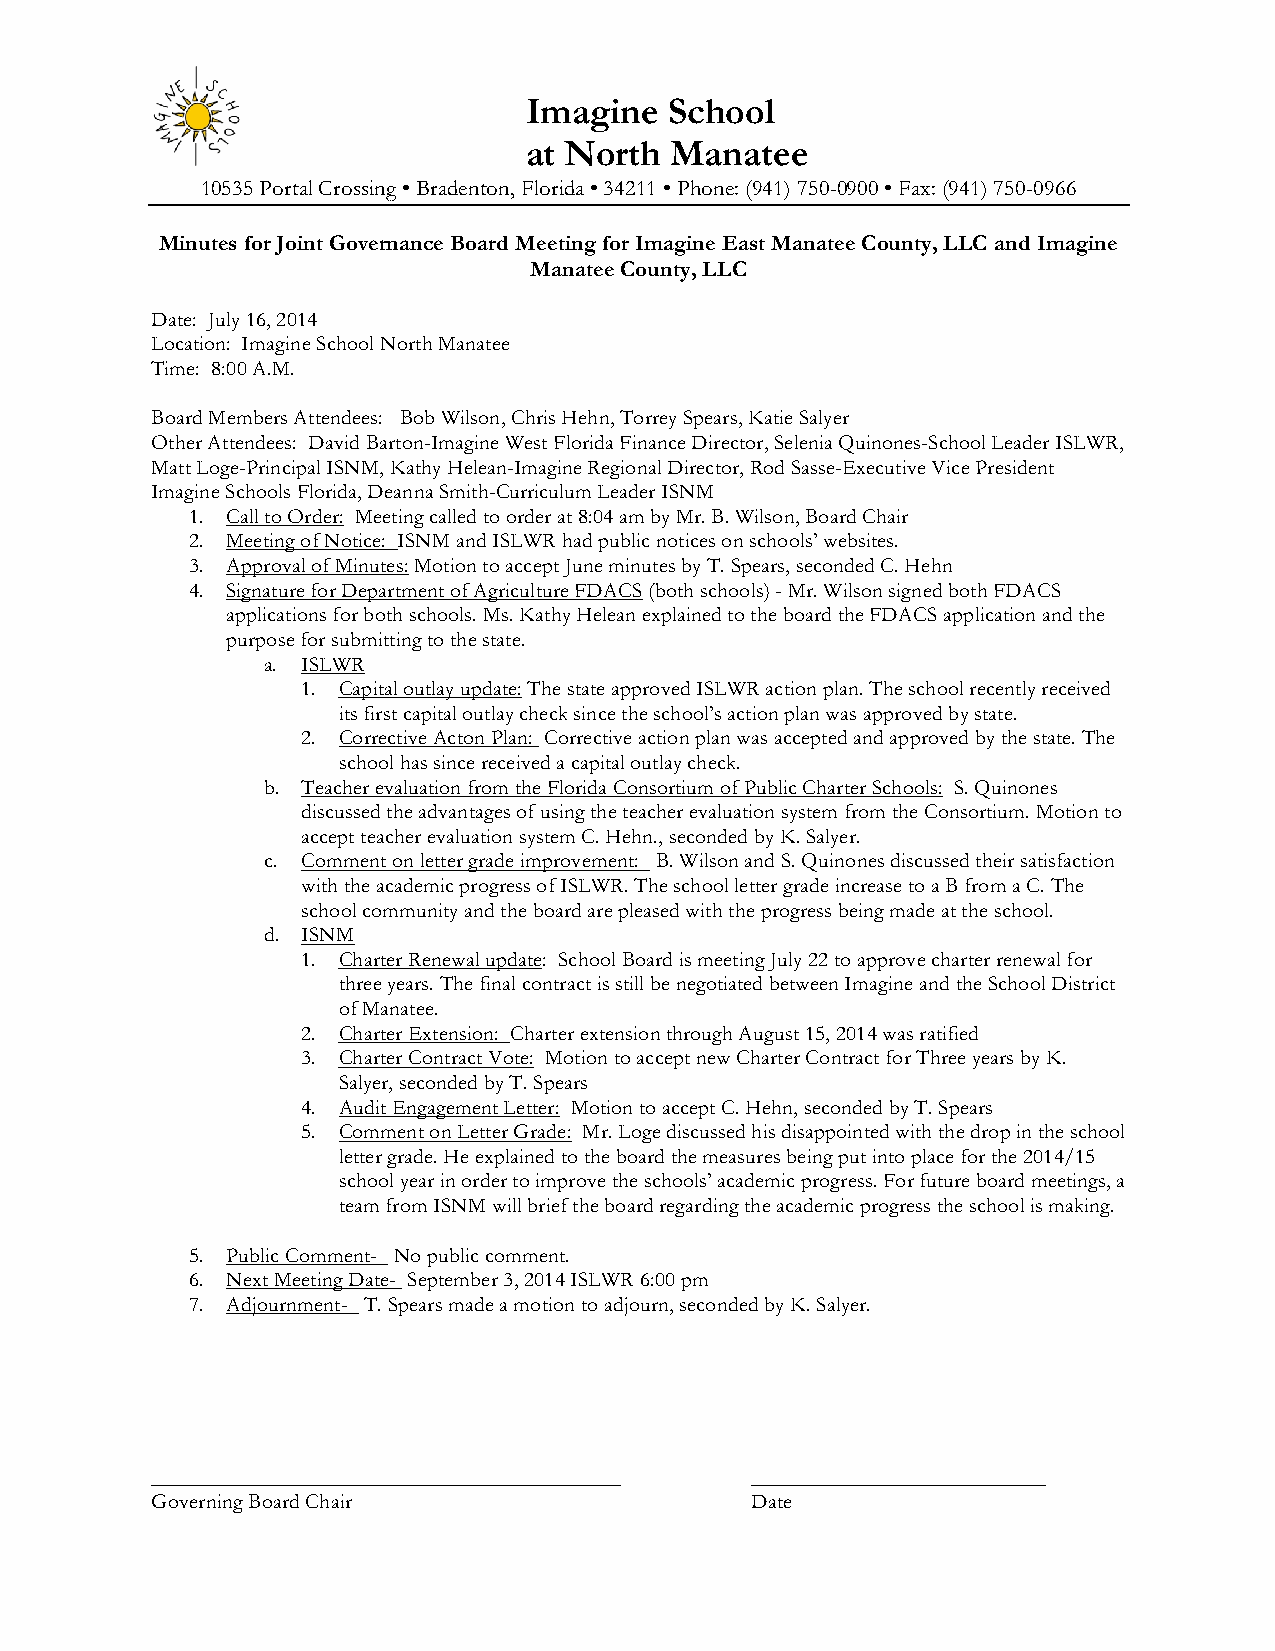
Imagine  School
 at North Manatee
 10535 Portal Crossing • Bradenton, Florida • 34211 • Phone: (941) 750-0900 • Fax: (941) 750-0966
 Minutes for Joint Governance Board Meeting for Imagine East Manatee County, LLC and Imagine
 Manatee County, LLC
 Date: July 16, 2014
 Location: Imagine School North Manatee
 Time: 8:00 A.M.
 Board Members Attendees: Bob Wilson, Chris Hehn, Torrey Spears, Katie Salyer
 Other Attendees: David Barton-Imagine West Florida Finance Director, Selenia Quinones-School Leader ISLWR,
 Matt Loge-Principal ISNM, Kathy Helean-Imagine Regional Director, Rod Sasse-Executive Vice President
 Imagine Schools Florida, Deanna Smith-Curriculum Leader ISNM
 1. Call to Order: Meeting called to order at 8:04 am by Mr. B. Wilson, Board Chair
 2. Meeting of Notice: ISNM and ISLWR had public notices on schools’ websites.
 3. Approval of Minutes: Motion to accept June minutes by T. Spears, seconded C. Hehn
 4. Signature for Department of Agriculture FDACS (both schools) - Mr. Wilson signed both FDACS
 applications for both schools. Ms. Kathy Helean explained to the board the FDACS application and the
 purpose for submitting to the state.
 a. ISLWR
 1. Capital outlay update: The state approved ISLWR action plan. The school recently received
 its first capital outlay check since the school’s action plan was approved by state.
 2. Corrective Acton Plan: Corrective action plan was accepted and approved by the state. The
 school has since received a capital outlay check.
 b. Teacher evaluation from the Florida Consortium of Public Charter Schools: S. Quinones
 discussed the advantages of using the teacher evaluation system from the Consortium. Motion to
 accept teacher evaluation system C. Hehn., seconded by K. Salyer.
 c. Comment on letter grade improvement: B. Wilson and S. Quinones discussed their satisfaction
 with the academic progress of ISLWR. The school letter grade increase to a B from a C. The
 school community and the board are pleased with the progress being made at the school.
 d. ISNM
 1. Charter Renewal update: School Board is meeting July 22 to approve charter renewal for
 three years. The final contract is still be negotiated between Imagine and the School District
 of Manatee.
 2. Charter Extension: Charter extension through August 15, 2014 was ratified
 3. Charter Contract Vote: Motion to accept new Charter Contract for Three years by K.
 Salyer, seconded by T. Spears
 4. Audit Engagement Letter: Motion to accept C. Hehn, seconded by T. Spears
 5. Comment on Letter Grade: Mr. Loge discussed his disappointed with the drop in the school
 letter grade. He explained to the board the measures being put into place for the 2014/15
 school year in order to improve the schools’ academic progress. For future board meetings, a
 team from ISNM will brief the board regarding the academic progress the school is making.
 5. Public Comment- No public comment.
 6. Next Meeting Date- September 3, 2014 ISLWR 6:00 pm
 7. Adjournment- T. Spears made a motion to adjourn, seconded by K. Salyer.
 ___________________________________________ ___________________________
 Governing Board Chair                   Date